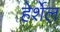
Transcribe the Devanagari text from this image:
हेर्शेल